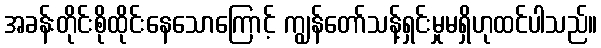
အခန်းတိုင်းစိုထိုင်းနေသောကြောင့် ကျွန်တော်သန့်ရှင်းမှုမရှိဟုထင်ပါသည်။